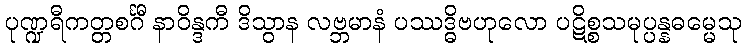
ပုဏ္ဍရီကတ္တစင်္ဂီ နာဝိန္ဒကီ ဒိသွာန လဗ္ဘမာနံ ပဿဒ္ဓိဗဟုလော ပဋိစ္စသမုပ္ပန္နဓမ္မေသု